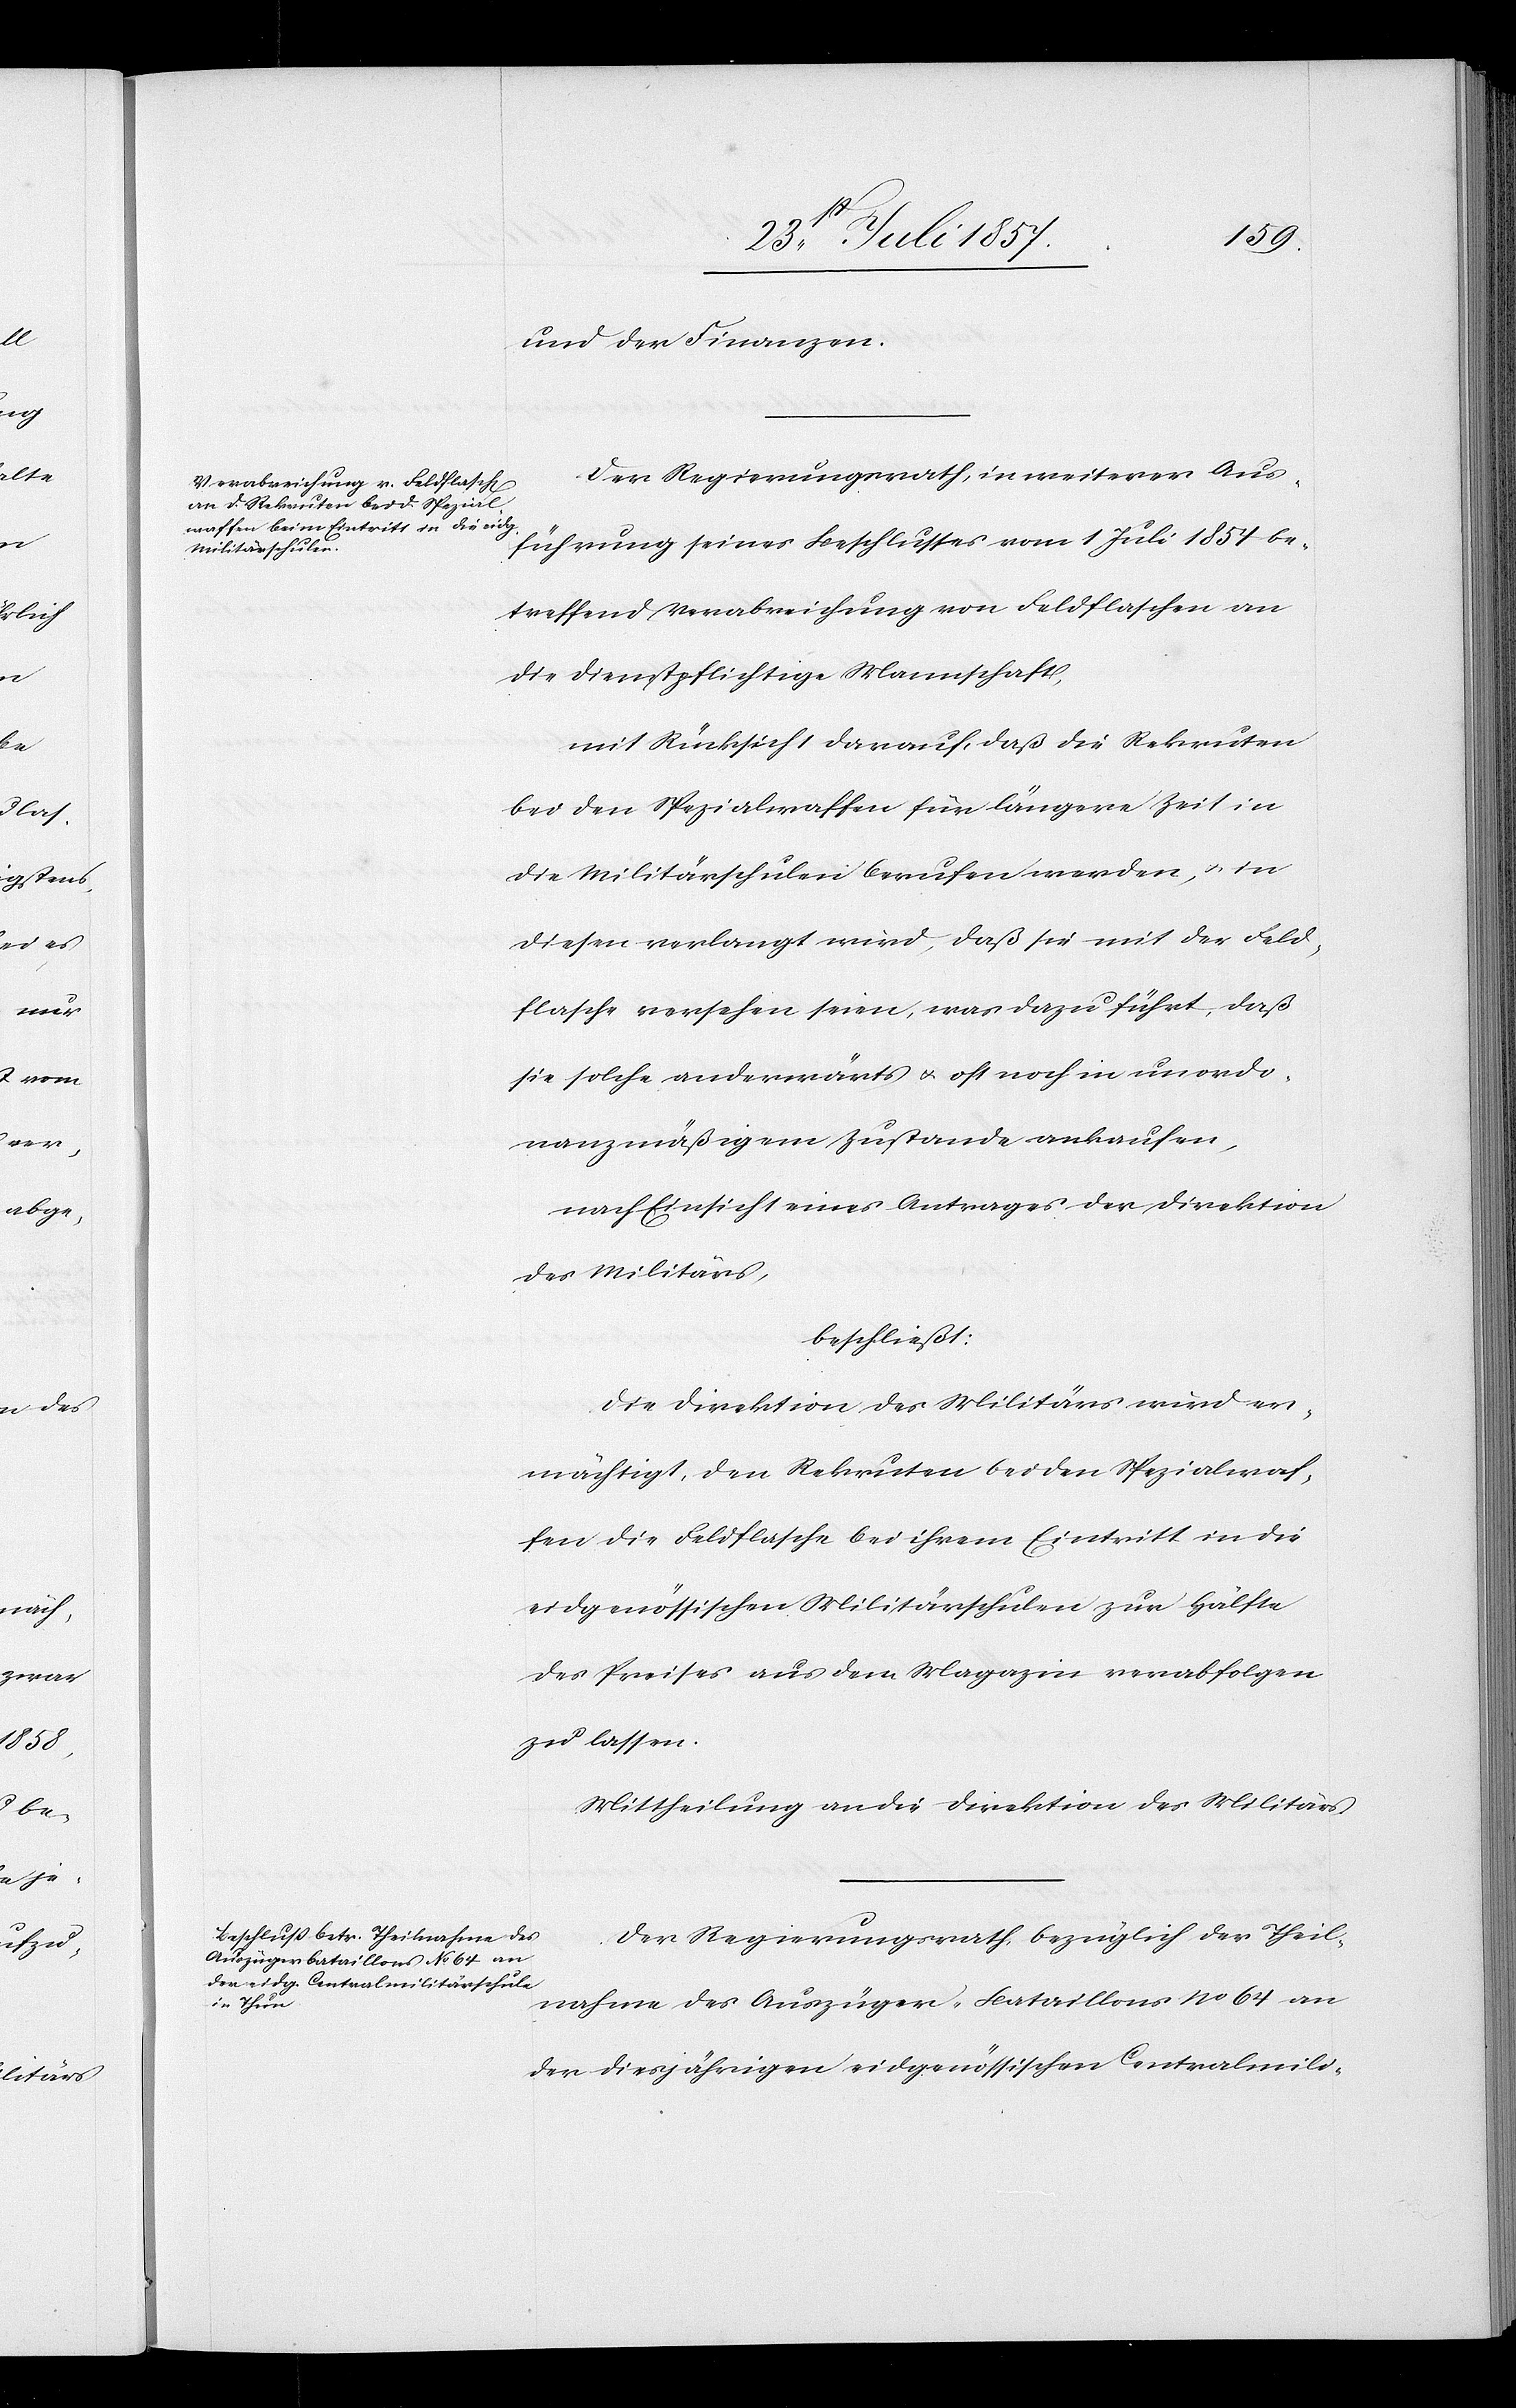
und der Finanzen.
Der Regierungsrath, in weiterer Aus¬
führung seines Beschlusses vom 1 Juli 1857 be¬
treffend Verabreichung von Feldflaschen an
die Dienstpflichtige Mannschaft,
mit Rücksicht darauf, daß die Rekruten
bei den Spezialwaffen für längere Zeit in
die Militärschulen berufen werden, & in
diesen verlangt wird, daß sie mit der Feld¬
flasche versehen seien, was dazu führt, daß
sie solche anderwärts & oft noch in unordo¬
nanzmäßigem Zustande ankaufen,
nach Einsicht eines Antrages der Direktion
des Militärs,
beschließt:
Die Direktion des Militärs wird er¬
mächtigt, den Rekruten bei den Spezialwaf¬
fen die Feldflasche bei ihrem Eintritt in die
eidgenössischen Militärschulen zur Hälfte
des Preises aus dem Magazin verabfolgen
zu lassen.
Mittheilung an die Direktion des Militärs.
Der Regierungsrath, bezüglich der Theil¬
nahme des Auszüger-Bataillons No 64 an
der diesjährigen eidgenössischen Centralmili-